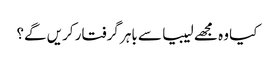
کیا وہ مجھے لیبیا سے باہر گرفتار کریں گے؟